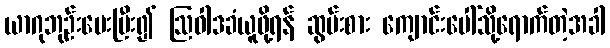
ယာဂုဘုဉ်းပေးပြီး၍ ဩဝါဒခံယူဖို့ရန် ဆွမ်းစား ကျောင်းပေါ်သို့ရောက်တဲ့အခါ